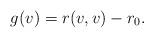
LaTeX: \begin{align*} g(v)=r(v,v)-r_0.\end{align*}